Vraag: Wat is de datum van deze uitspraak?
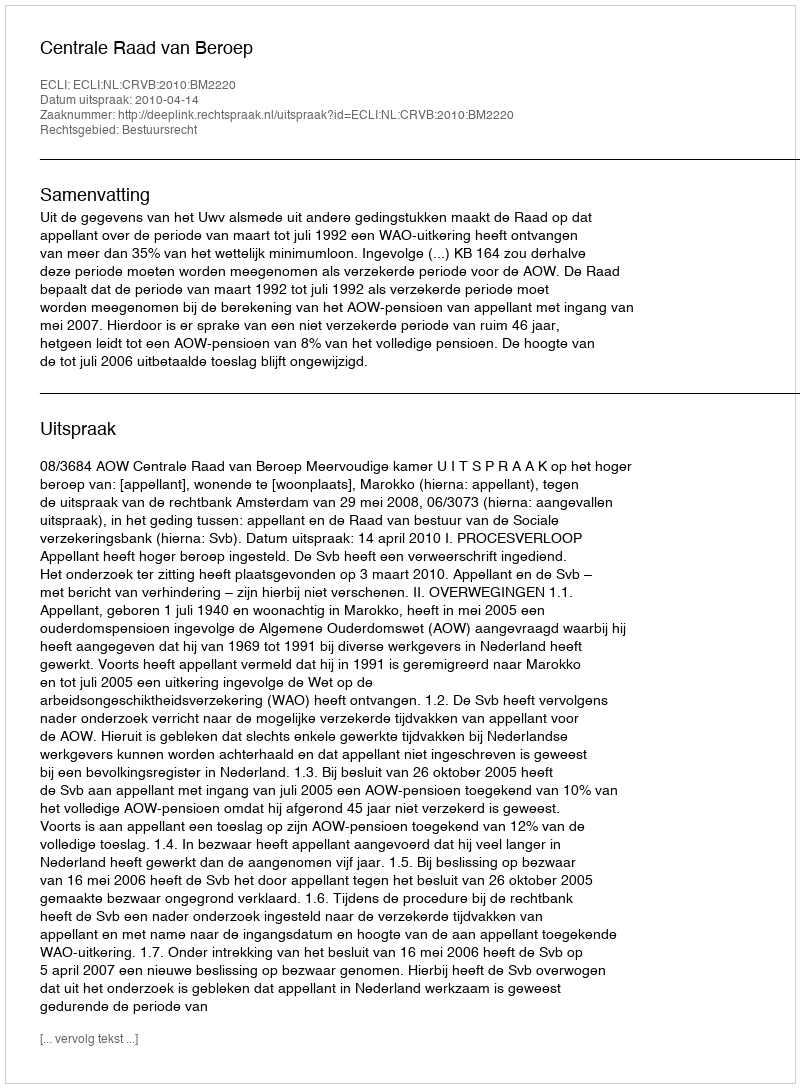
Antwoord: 2010-04-14